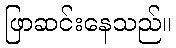
ဖြာဆင်းနေသည်။